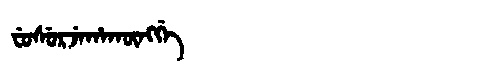
Manchu: ᠸᡠᠰᡠᡵᠵᡝᡥᠠᡴᡡᠩᡤᡝ
Romanization: FUSURJEHAKŪNGGE